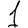
Digit: 1